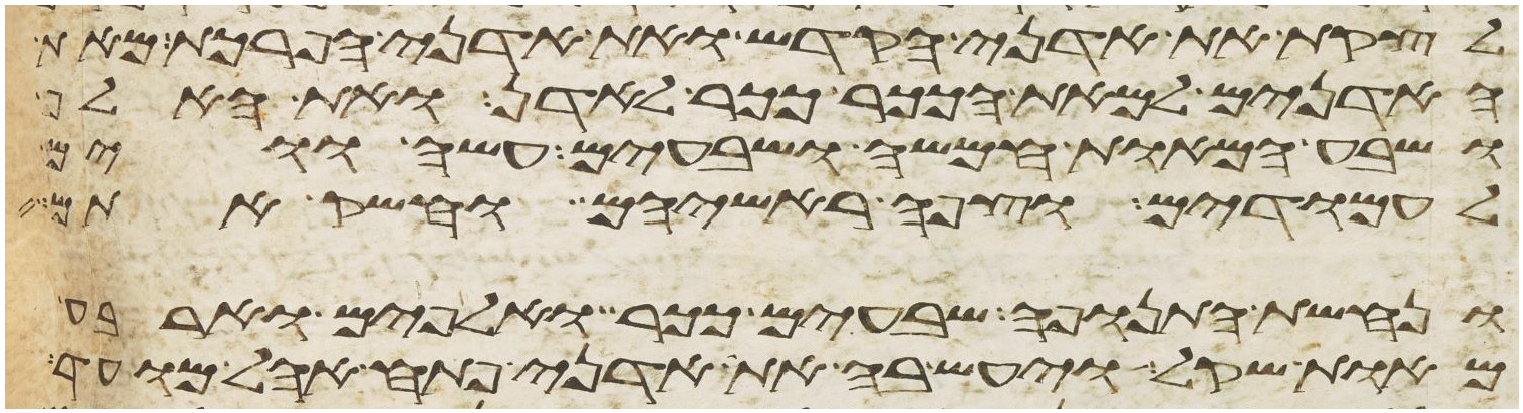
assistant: לקצת את אדני הקדש ואת אדני הפרכת מאת
האדנים למאת הככר ככר לאדן ואת האלף
ושבע המאות חמשה ושבעים עשה ווים
לעמודים וצפה ראשיהם וחשק אתם
ונחשת התנופה שבעים ככר ואלפים וארבע
מאות שקל ויעש בה את אדני פתח אהל מועד